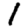
Digit: 1